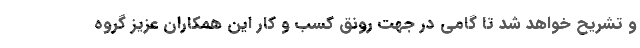
و تشریح خواهد شد تا گامی در جهت رونق کسب و کار این همکاران عزیز گروه